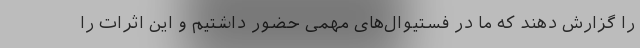
را گزارش دهند که ما در فستیوال‌های مهمی حضور داشتیم و این اثرات را